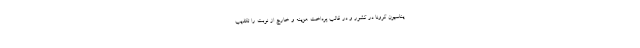
یناسیون کرونا در کشور و در قالب پرداخت هزینه و خارج از نوبت را تکذیب